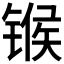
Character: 𬭤